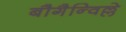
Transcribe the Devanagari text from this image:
बौगैन्विल्ले